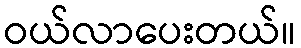
ဝယ်လာပေးတယ်။